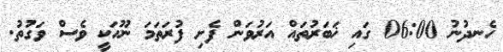
ހެނދުނު 06:00 ގައި ޚަބަރުތައް އަރުވަން ފެށި ފުރަތަމަ ނޫހަކީ ވެސް ވަގުތު.